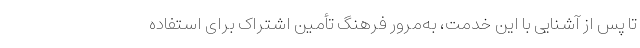
تا پس از آشنایی با این خدمت، به‌مرور فرهنگ تأمین اشتراک برای استفاده